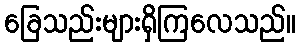
ခြေသည်းများရှိကြလေသည်။